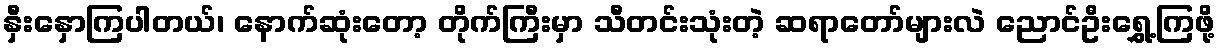
နှီးနှောကြပါတယ်၊ နောက်ဆုံးတော့ တိုက်ကြီးမှာ သီတင်းသုံးတဲ့ ဆရာတော်များလဲ ညောင်ဦးရွှေ့ကြဖို့